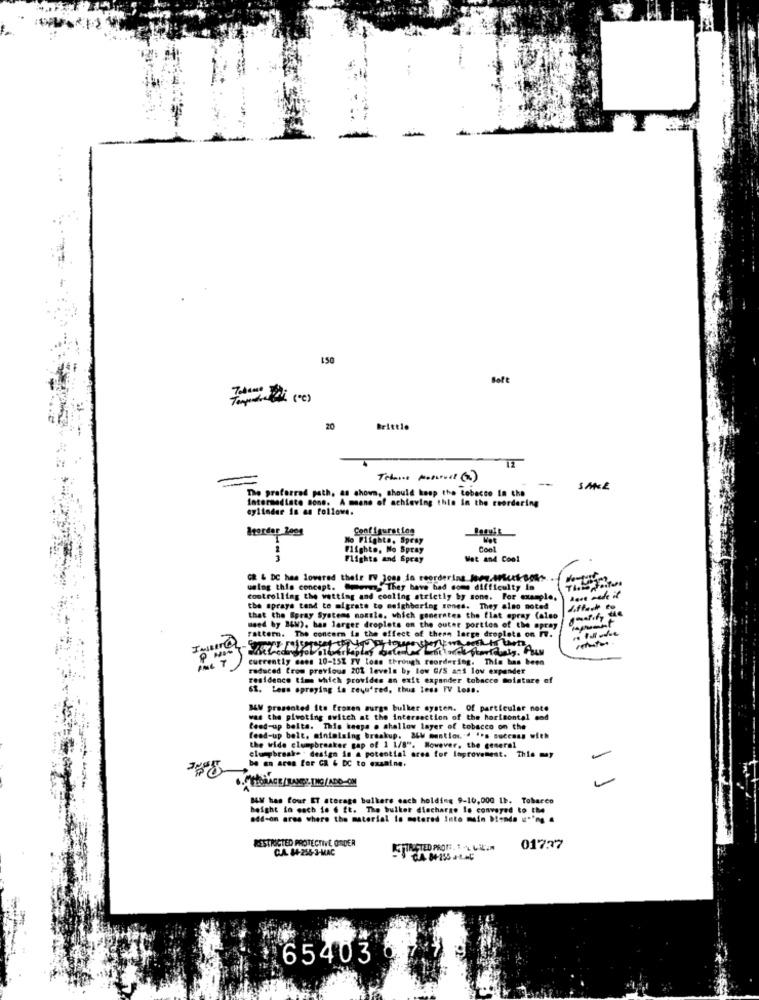
150
Soft
20
Brittle
-
--
The preferred path, as shown, should keep the tobacco In the
SME
Intermediate Bons. A means of achieving this In the reordering
cylinder is as follows.
Itorder 200g
Configuration
No Flighta. Spray
Flighto. No Spray
Cont
Flights and Spray
Wat and Cool
GR & DC has lowered their IV Jons in reordering hez.Mut Boks
uwlog this concept. "men, They have had some difficulty in
controlling the watting and cooling strictly by sone. For example.
the spraye tend to migrate to msighbering zones. They also noted
that the Spray Systems mostle, which generates the flat spray (also
need by 34W). bas larger droplets on the outer portion of the spray
rattern. The concern la the effect of these large droplets on .
currently mees 10-15% TV lons through reordering. This has been
reduced from previous 201 levels by low G/S and low expander
residence time which provides an exit expander tobacco moisture of
ST. Less spraying ia requ'red, thus less FV Loss.
MAV presented its Frozen surge bulker system. of particular note
was the piwoting switch at the intersection of the horizontal and
feed-up balta. This keeps . shallow layer of tobacco on the
feed-up belt. minimising breakup. 36W mantios .. d "'s success with
the wide clumpbreaker gap of 1 1/8". However, the general
be an area for GA & DC to examine.
clumpbreak. design in a potential ores for Improvement. This may
BLW has four ET storage bulkers each holding 9-10,000 1b. Tobacco
beight to coch ie 6 ft. The bullet discharge is conveyed to the
add-on area where the material in metered Into main bionda =""ng &
RESTRICTED PROTECTIVE ONDER
CUAL. 84-255-3-MAC
KJSTRICTED PROF. 1 . LAL'UN
017:37
65403